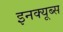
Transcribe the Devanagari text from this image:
इनक्यूब्स